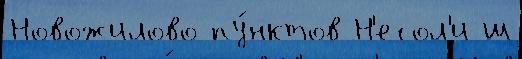
Новожилово пу́нктов Н'есол'и ш